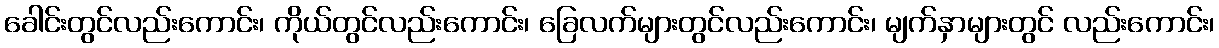
ခေါင်းတွင်လည်းကောင်း၊ ကိုယ်တွင်လည်းကောင်း၊ ခြေလက်များတွင်လည်းကောင်း၊ မျက်နှာများတွင် လည်းကောင်း၊